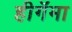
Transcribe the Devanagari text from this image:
हीगॅमा